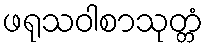
ဖရုသဝါစာသုတ္တံ